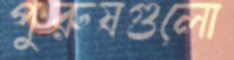
পুরুষগুলো